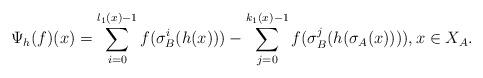
LaTeX: \begin{align*}\Psi_{h}(f)(x)= \sum_{i=0}^{l_1(x)-1} f(\sigma_B^i(h(x))) - \sum_{j=0}^{k_1(x)-1} f(\sigma_B^j(h(\sigma_A(x)))), x \in X_A. \end{align*}